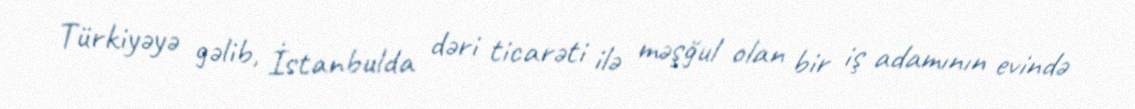
Türkiyəyə gəlib, İstanbulda dəri ticarəti ilə məşğul olan bir iş adamının evində